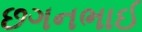
છગનભાઈ